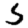
Digit: 5